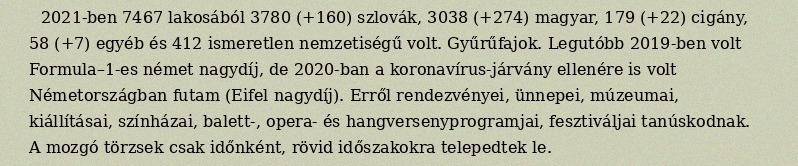
2021-ben 7467 lakosából 3780 (+160) szlovák, 3038 (+274) magyar, 179 (+22) cigány, 58 (+7) egyéb és 412 ismeretlen nemzetiségű volt. Gyűrűfajok. Legutóbb 2019-ben volt Formula–1-es német nagydíj, de 2020-ban a koronavírus-járvány ellenére is volt Németországban futam (Eifel nagydíj). Erről rendezvényei, ünnepei, múzeumai, kiállításai, színházai, balett-, opera- és hangversenyprogramjai, fesztiváljai tanúskodnak. A mozgó törzsek csak időnként, rövid időszakokra telepedtek le.